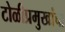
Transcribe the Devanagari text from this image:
टोळीप्रमुखांचा